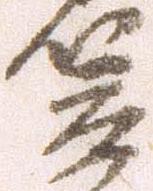
笠